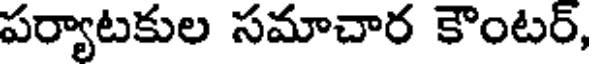
పర్యాటకుల సమాచార కౌంటర్,